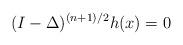
LaTeX: \begin{align*} (I - \Delta)^{(n+1)/2} h (x) = 0 \end{align*}